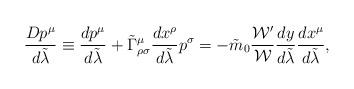
LaTeX: \begin{align*}{{Dp^{\mu}}\over{d\tilde{\lambda}}}\equiv {{dp^{\mu}}\over{d\tilde{\lambda}}}+\tilde{\Gamma}^{\mu}_{\rho\sigma}{{dx^{\rho}}\over{d\tilde{\lambda}}}p^{\sigma}=-\tilde{m}_0{{{\cal W}^{\prime}}\over{\cal W}}{{dy}\over{d\tilde{\lambda}}}{{dx^{\mu}}\over{d\tilde{\lambda}}},\end{align*}